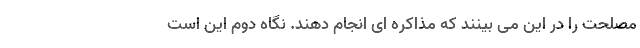
مصلحت را در این می بینند که مذاکره ای انجام دهند. نگاه دوم این است